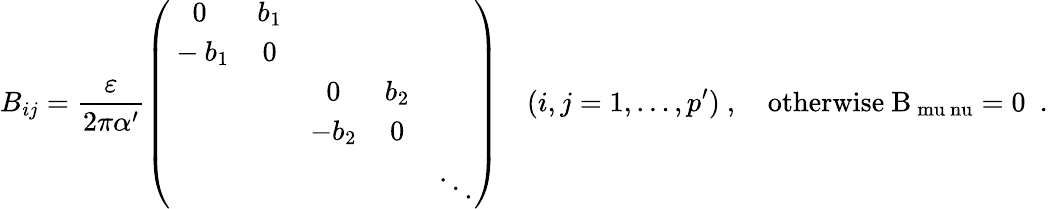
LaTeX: B_{ij}=\frac{\varepsilon}{2\pi\alpha^{\prime}}\left(\begin{array}{ccccc}{{0}}&{{b_{1}}}&{{}}&{{}}&{{}}\\ {{{}-b_{1}}}&{{0}}&{{}}&{{}}&{{}}\\ {{}}&{{}}&{{0}}&{{b_{2}}}&{{}}\\ {{}}&{{}}&{{-b_{2}}}&{{0}}&{{}}\\ {{}}&{{}}&{{}}&{{}}&{{\ddots}}\end{array}\right)\quad(i,j=1,\ldots,p^{\prime})~,\quad\mathrm{otherwise~B_{\ mu\ nu}=0~}~.